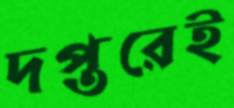
দপ্তরেই